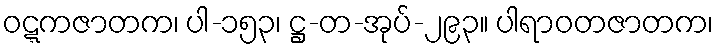
ဝဋ္ဋကဇာတက၊ ပါ-၁၅၃၊ ဋ္ဌ-တ-အုပ်-၂၉၃။ ပါရာဝတဇာတက၊